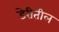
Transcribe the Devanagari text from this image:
डेरीतील